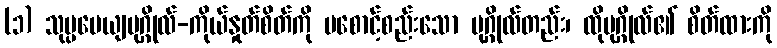
(၁) သုပ္ပမေယျပုဂ္ဂိုလ်-ကိုယ်နှုတ်စိတ်ကို မစောင့်စည်းသော ပုဂ္ဂိုလ်တည်း၊ ထိုပုဂ္ဂိုလ်၏ စိတ်ထားကို